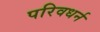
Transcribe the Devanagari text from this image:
परिवधर्न